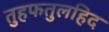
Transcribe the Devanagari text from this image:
तुहफतुलहिद